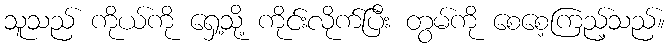
သူသည် ကိုယ်ကို ရှေ့သို့ ကိုင်းလိုက်ပြီး တွမ်ကို စေစေ့ကြည့်သည်။